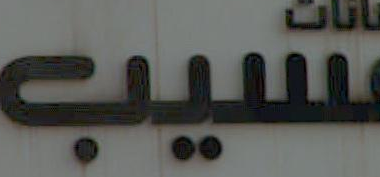
سيب